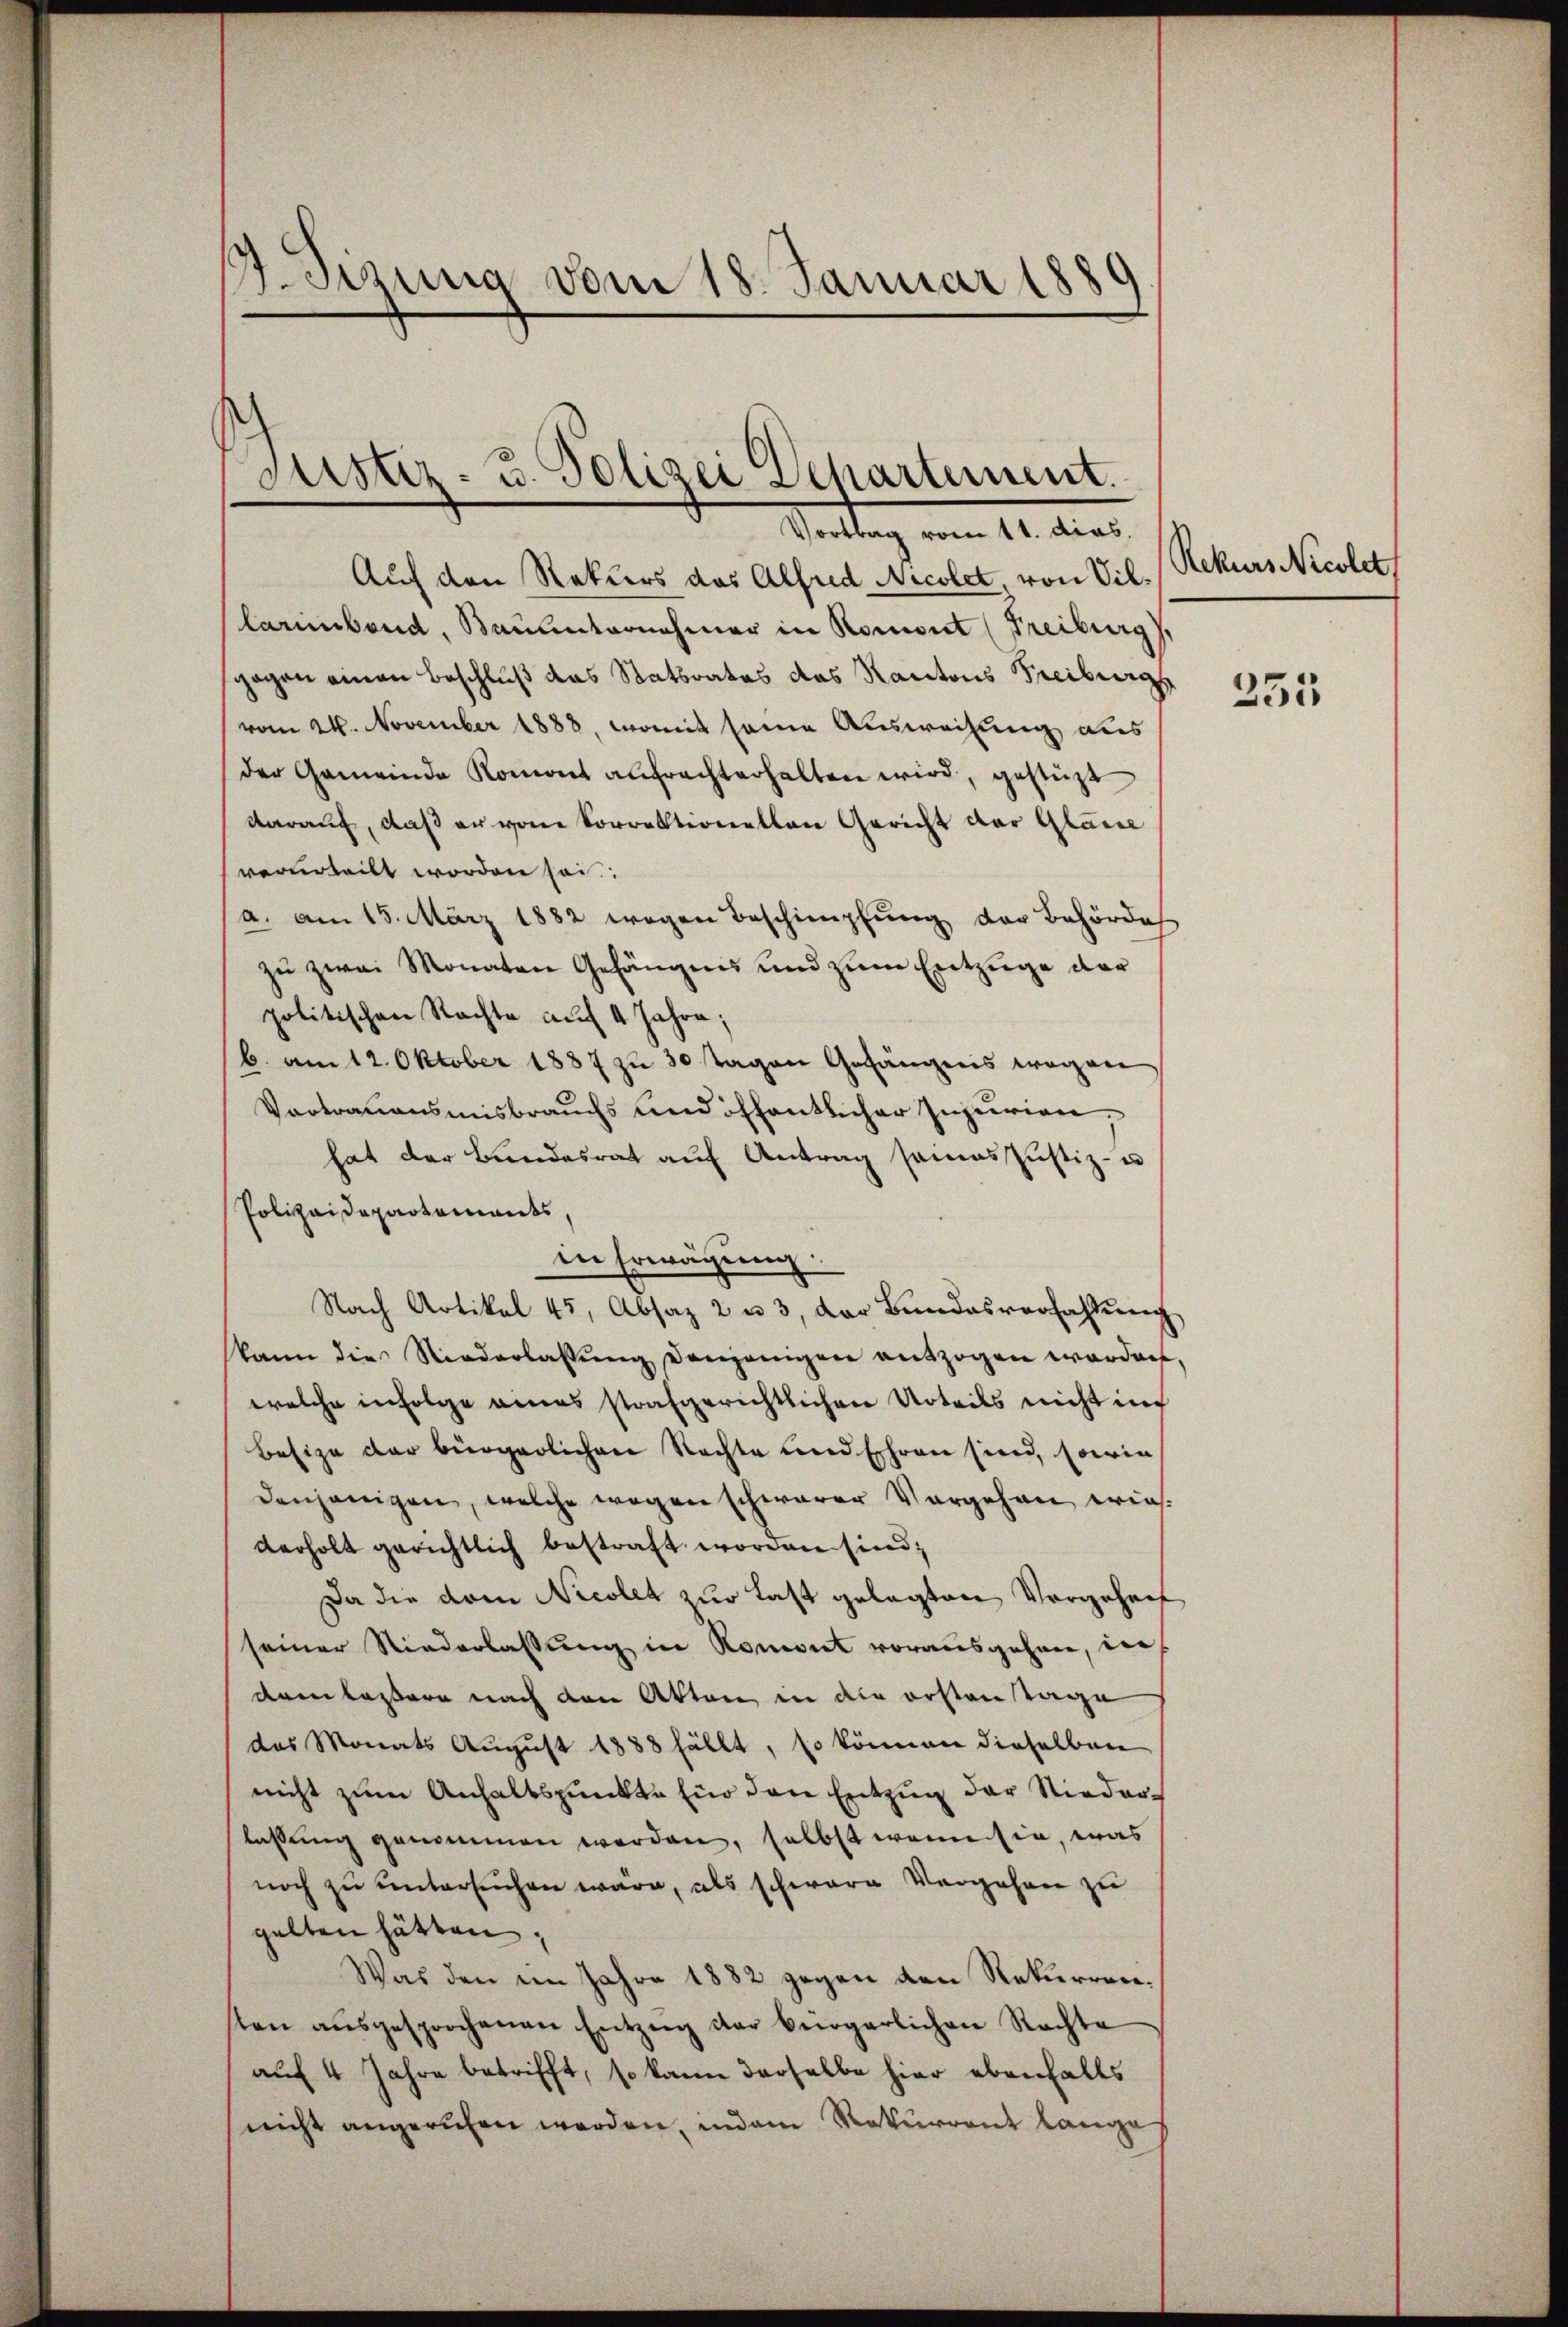
7. Sizung vom 18. Januar 1885

e

Justiz- u. Polizei Departement.
Vortrag vom 11. dies

Auf den Rekurs das Alfred Nicolet, von Villariebend, Bauunternehmer in Koment (Freiburg),
gagen einen Beschluß das Statsrates das Kantons Freiburg
vom 24. November 1888, womit seine Ausweisung aus
der Gemeinde Romont anfrachterhalten wird, gestüzt
darauf, daß er von Sorrektionellen Gericht der Glasse
verurteilt worden sei
a. am 15. März 1882 wegen Beschimpfung der Behörde
zu zwei Monaten Gefängnis und zum Entzuge der
politischen Rechte auf 4 Jahre;
b. am 12. Oktober 1887 zu 30 Tagen Gefängnis wegen
Vortrauensmisbrauchs und öffentlicher Injurien.
hat der Bundesrat auf Antrag samas Justiz- u
Polizeidepartements,
in Erwägung.
Nach Artikel 45, Absaz 2 u 3, der Bŭndesverfahlŭng
kann die Niederlassŭng denjenigen entzogen worden,
welche infolge eines strafgerichtlichen Urteils nicht in
Besize der bürgerlichen Rechte und Ehren sind, sowie
denjenigen, welche wegen schwerer Vorgehen wies
verholt gerichtlich bestraft worden sind;
Da die dem Nicolet zur Last gelegten Vorgehen
seiner Niederlassung in Konviet vorausgehen, die
dnen lassere nach den Akten in die ersten Tage
des Monats August 1888 fällt, so können dieselben
nicht zum Anhaltspunkte für den Entzug der Niederlassung genommen worden, selbst wenn sie, was
noch zu untersuchen wäre, als schwere Vergehen zu
gelten hätten.
Was den im Jahre 1882 gegen den Rekurrensten aŭsgesprochenen Entzŭg der bürgerlichen Rechte
auf 4 Jahre betrifft, so kann derselbe hier ebenfalls
nicht angerufen werden, indem Rekurrent lange

Rekurs Nicolet

255